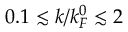
0 . 1 \lesssim k / k _ { F } ^ { 0 } \lesssim 2